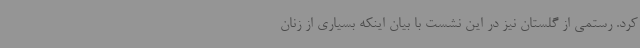
کرد. رستمی از گلستان نیز در این نشست با بیان اینکه بسیاری از زنان